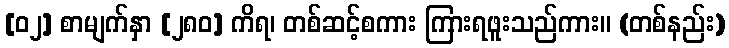
[၀၂] စာမျက်နှာ [၂၈၀] ကိရ၊ တစ်ဆင့်စကား ကြားရဖူးသည်ကား။ (တစ်နည်း)